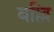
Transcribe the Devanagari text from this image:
बल्लि